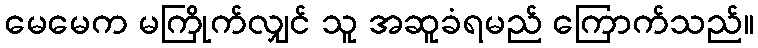
မေမေက မကြိုက်လျှင် သူ အဆူခံရမည် ကြောက်သည်။